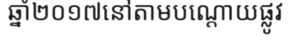
ឆ្នាំ២០១៧នៅតាមបណ្តោយផ្លូវ